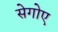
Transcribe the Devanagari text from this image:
सेगोए